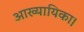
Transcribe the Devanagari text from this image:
आख्यायिका।